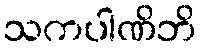
သကပါဏိဘိ